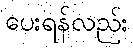
ပေးရန်လည်း